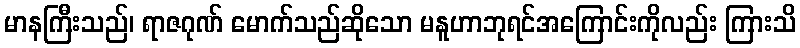
မာနကြီးသည်၊ ရာဇဂုဏ် မောက်သည်ဆိုသော မနူဟာဘုရင်အကြောင်းကိုလည်း ကြားသိ